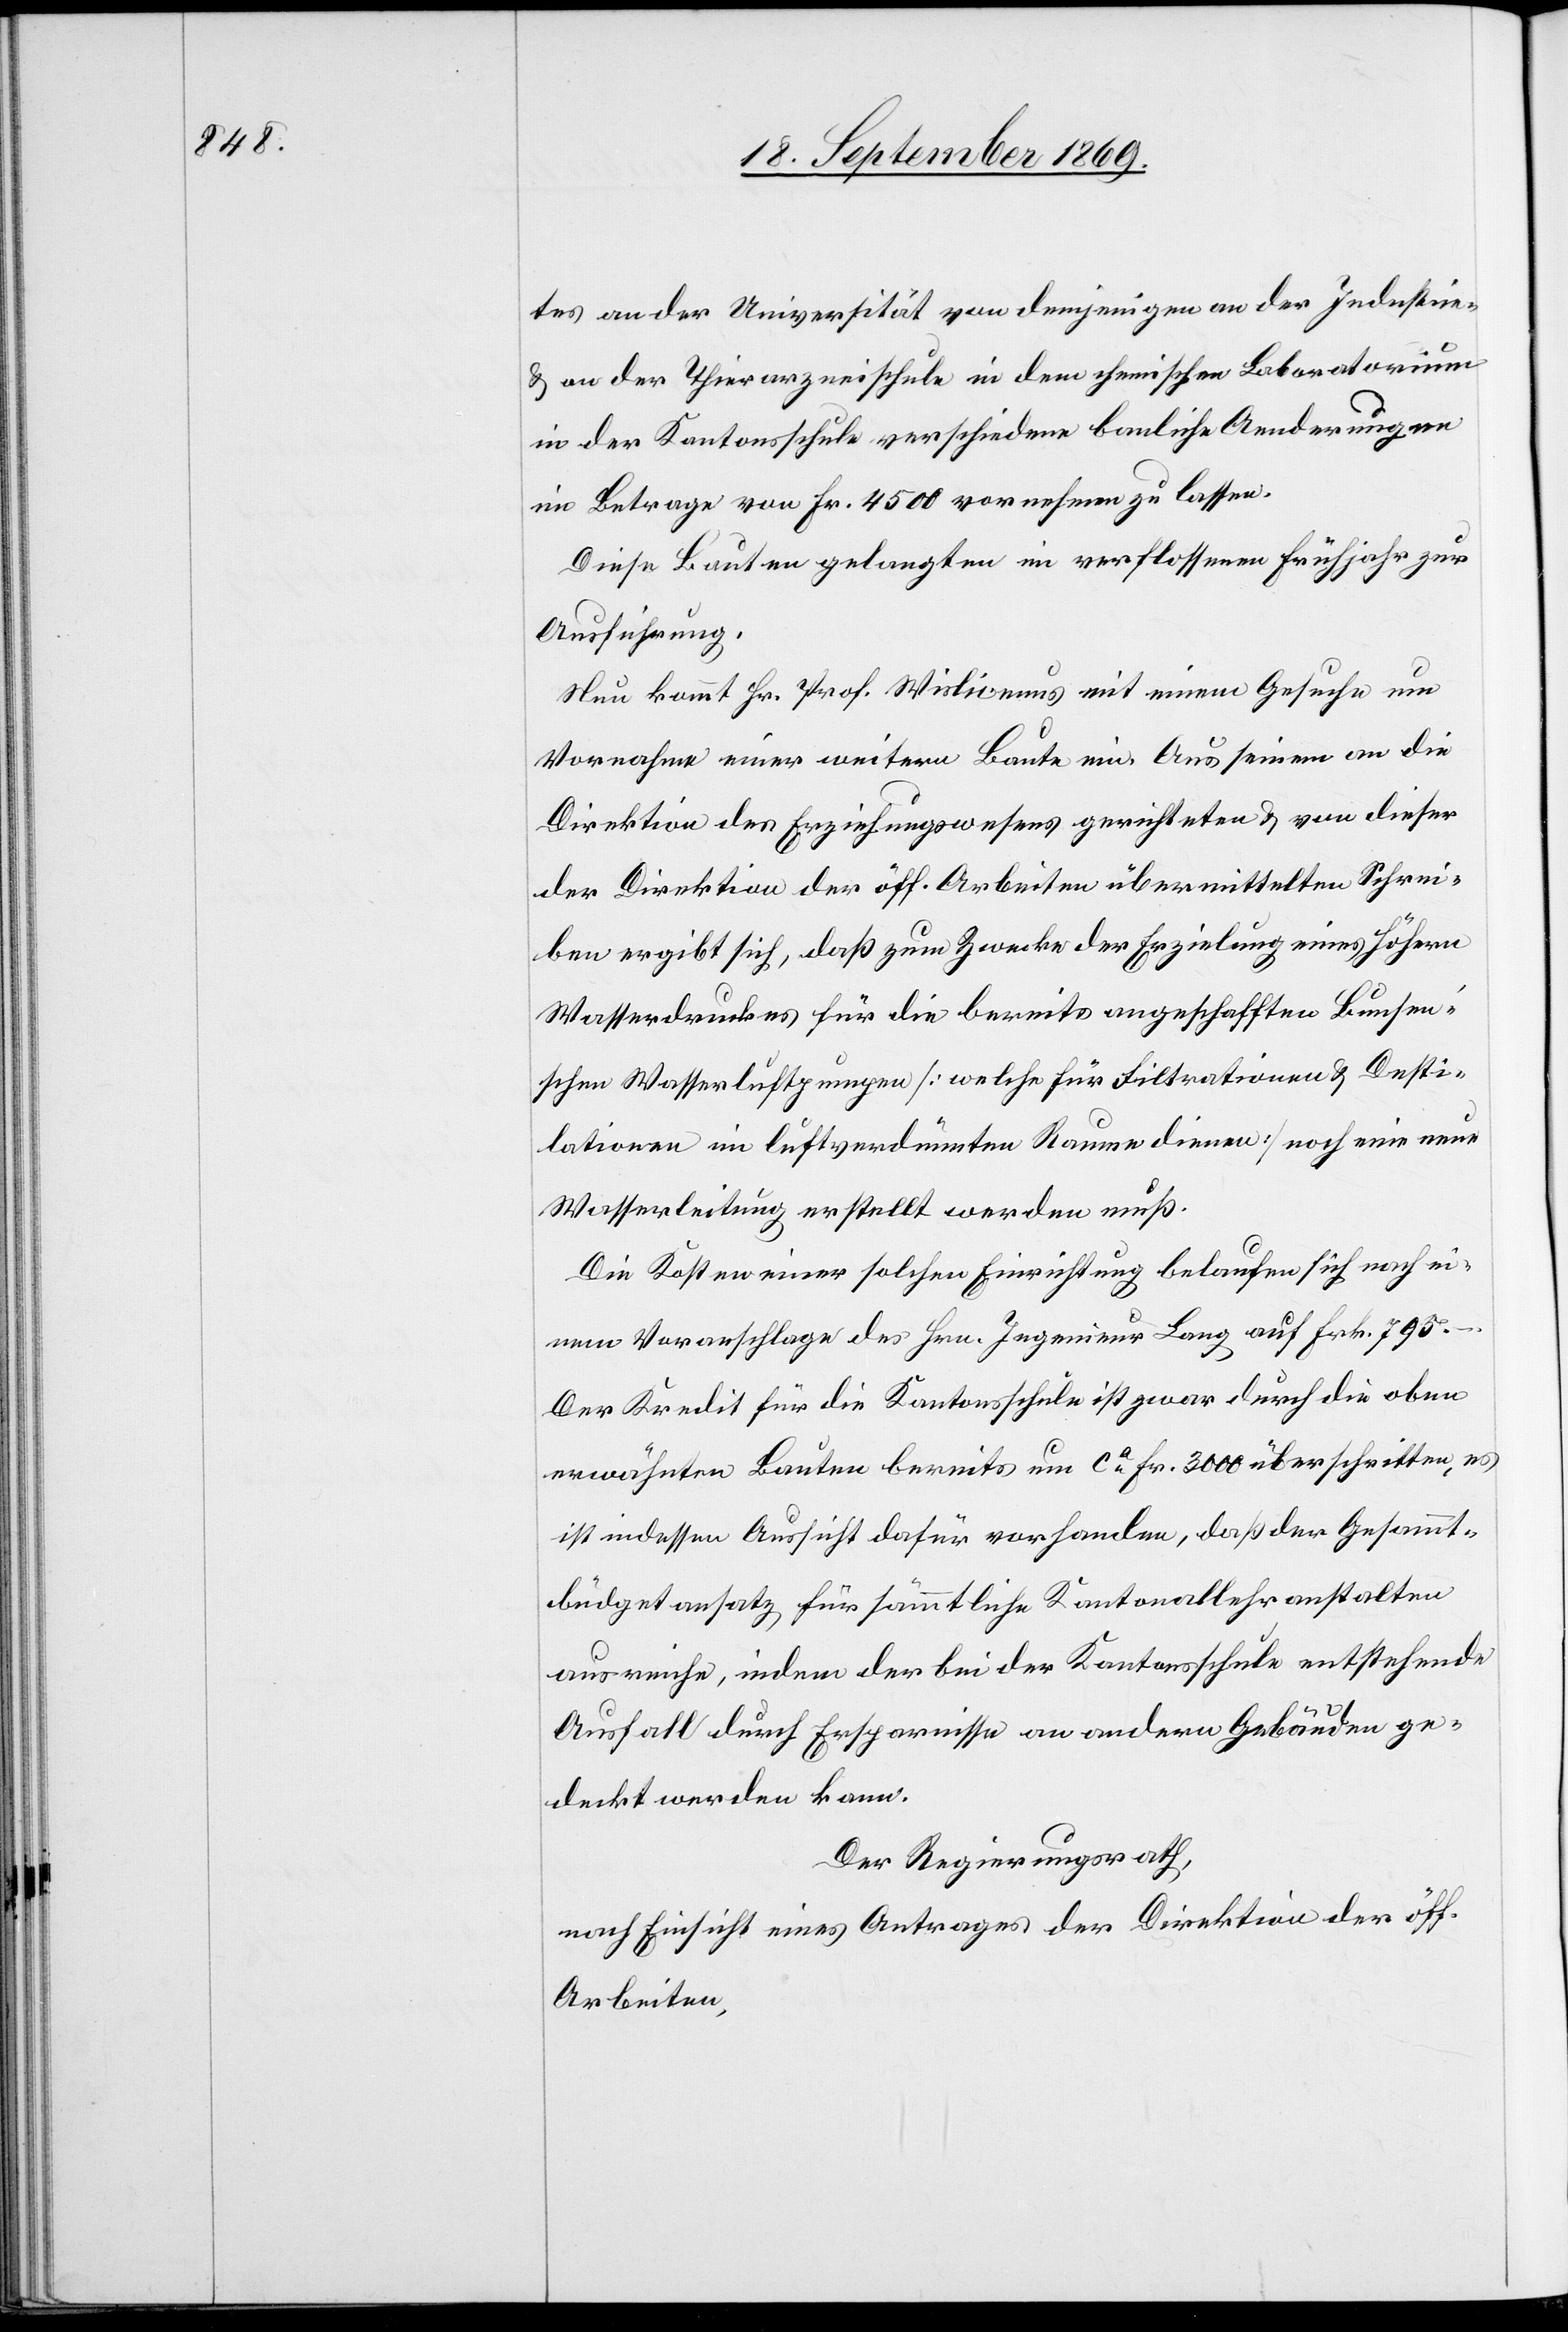
tes an der Universität von demjenigen an der Industrie-
& an der Thierarzneischule in dem chemischen Laboratorium
in der Kantonsschule verschiedene bauliche Aenderungen
im Betrage von Fr. 4500 vornehmen zu lassen.
Diese Bauten gelangten im verflossenen Frühjahr zur
Ausführung.
Nun kommt Hr. Prof. Wislicenus mit einem Gesuche um
Vornahme einer weitern Baute ein. Aus seinem an die
Direktion des Erziehungswesens gerichteten & von dieser
der Direktion der öff. Arbeiten übermittelten Schrei¬
ben ergibt sich, daß zum Zwecke der Erzielung eines höhern
Wasserdruckes für die bereits angeschafften Bunse¬
n’schen Wasserluftpumpen [welche für Filtrationen & Desti¬
lationen im luftverdünnten Raume dienen] noch eine neue
Wasserleitung erstellt werden muß.
Die Kosten einer solchen Einrichtung belaufen sich nach ei¬
nem Voranschlage des Hrn. Ingenieur Lang auf Frk. 795 –.
Der Kredit für die Kantonsschule ist zwar durch die oben
erwähnten Bauten bereits um ca Fr. 3000 überschritten, es
ist indessen Aussicht dafür vorhanden, daß der Gesammt¬
büdgetansatz für sämmtliche Kantonallehranstalten
ausreiche, indem der bei der Kantonsschule entstehende
Ausfall durch Ersparnisse an andern Gebäuden ge¬
deckt werden kann.
Der Regierungsrath,
nach Einsicht eines Antrages der Direktion der öff.
Arbeiten,